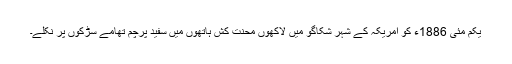
یکم مئی 1886ء کو امریکہ کے شہر شکاگو میں لاکھوں محنت کش ہاتھوں میں سفید پرچم تھامے سڑکوں پر نکلے۔